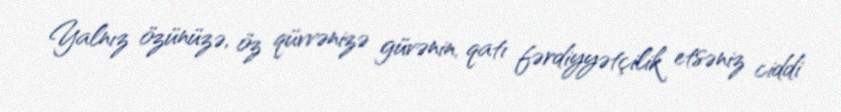
Yalnız özünüzə, öz qüvvənizə güvənin, qatı fərdiyyətçilik etsəniz ciddi